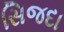
સિજદા